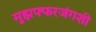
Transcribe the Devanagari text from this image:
मुझफ्फरजंगशी